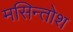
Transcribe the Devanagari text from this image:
मसिन्तोश